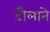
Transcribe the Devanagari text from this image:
दौलाने